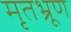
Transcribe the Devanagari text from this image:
मृतभ्रूण